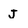
Character: j